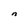
Character: n